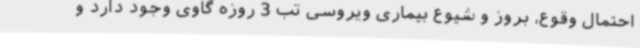
احتمال وقوع، بروز و شیوع بیماری ویروسی تب 3 روزه گاوی وجود دارد و